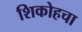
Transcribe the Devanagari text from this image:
शिकोहचा